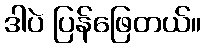
ဒါပဲ ပြန်ဖြေတယ်။